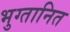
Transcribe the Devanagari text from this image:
भुग्तानित